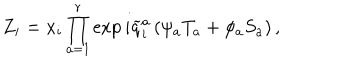
LaTeX: Z _ { i } = x _ { i } \prod _ { a = 1 } ^ { r } \exp i \widetilde { q } _ { i } ^ { a } \left( \psi _ { a } T _ { a } + \phi _ { a } S _ { a } \right) ,